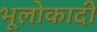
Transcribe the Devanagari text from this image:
भूलोकादी